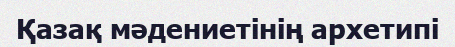
Қазақ мәдениетінің архетипі